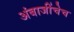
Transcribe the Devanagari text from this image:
अंबाजींचेच